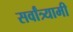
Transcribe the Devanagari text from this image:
सर्वांत्र्यामी